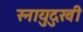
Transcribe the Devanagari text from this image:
स्नायुदुखी